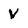
Character: V